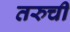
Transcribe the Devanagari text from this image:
तरुची